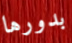
بدورها